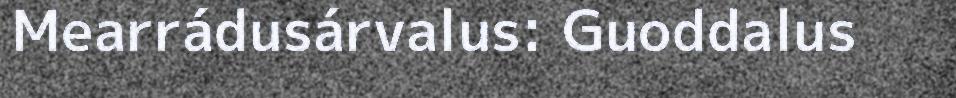
Mearrádusárvalus: Guoddalus